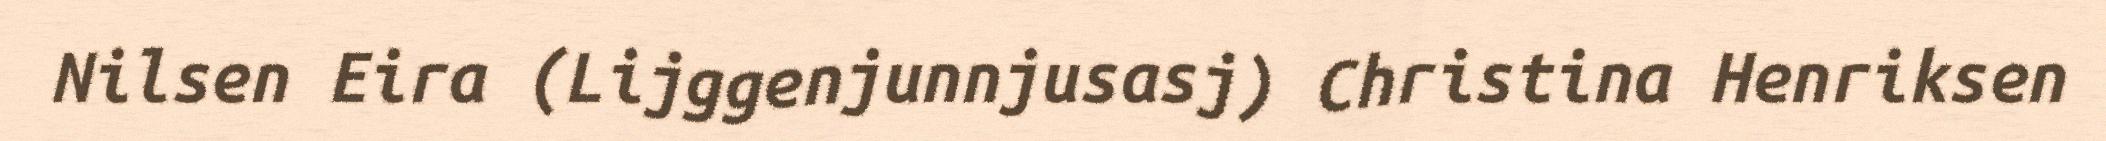
Nilsen Eira (Lijggenjunnjusasj) Christina Henriksen